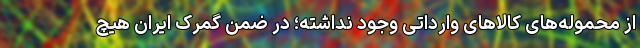
از محموله‌های کالاهای وارداتی وجود نداشته؛ در ضمن گمرک ایران هیچ